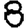
Digit: 8